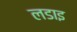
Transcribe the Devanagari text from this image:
लडाइ